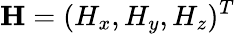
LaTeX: \mathbf{H}=(H_{x},H_{y},H_{z})^{T}